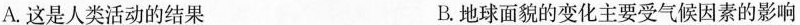
A.这是人类活动的结果 B.地球面貌的变化主要受气候因素的影响